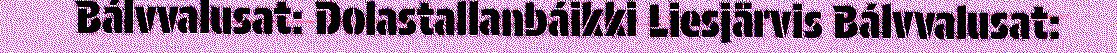
Bálvvalusat: Dolastallanbáikki Liesjärvis Bálvvalusat: